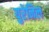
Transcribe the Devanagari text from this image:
युरेनिल